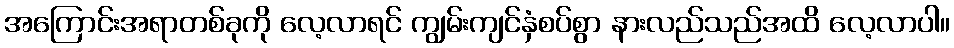
အကြောင်းအရာတစ်ခုကို လေ့လာရင် ကျွမ်းကျင်နှံစပ်စွာ နားလည်သည်အထိ လေ့လာပါ။